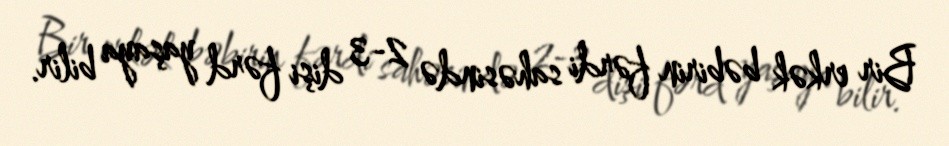
Bir erkək bəbirin fərdi sahəsində 2-3 dişi fərd yaşaya bilir.